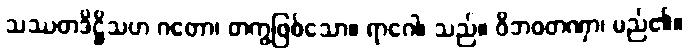
သဿတဒိဋ္ဌိသဟ ဂတော၊ တကွဖြစ်သော။ ရာဂေါ၊ သည်။ ဝိဘဝတဏှာ၊ မည်၏။